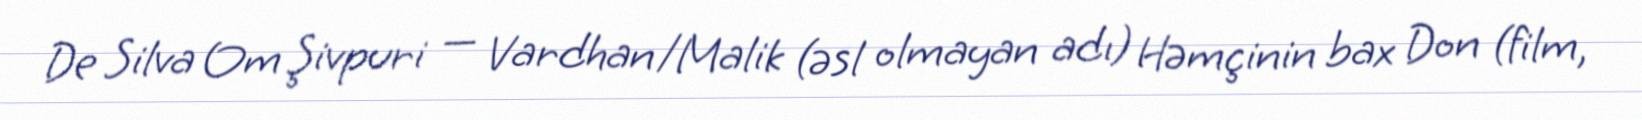
De Silva Om Şivpuri — Vardhan/Malik (əsl olmayan adı) Həmçinin bax Don (film,